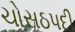
ચોસઠપદી